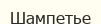
Шампетье